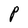
Character: P